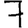
Digit: 7